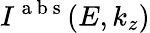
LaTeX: I^{\mathrm{~a~b~s~}}(E,k_{z})